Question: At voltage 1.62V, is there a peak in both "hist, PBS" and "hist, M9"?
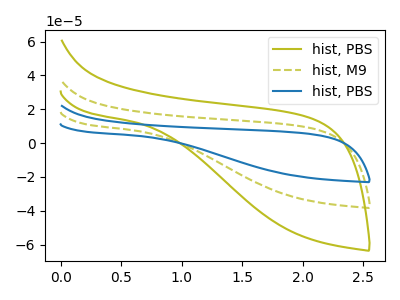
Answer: <think>The olive curve "hist, PBS" has no peaks. The olive dashed curve "hist, M9" has no peaks. The blue curve "hist, PBS" has no peaks.</think>
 <answer>No, "hist, PBS" and "hist, M9" dont share a peak at 1.62V.</answer>
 <eval>mismatch</eval>